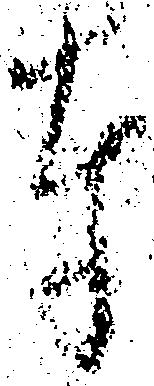
奉